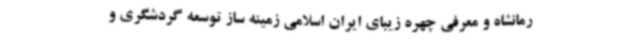
رمانشاه و معرفی چهره زیبای ایران اسلامی زمینه ساز توسعه گردشگری و